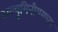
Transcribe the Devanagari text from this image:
अल्युमिनीयमच्या